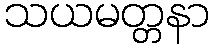
သယမတ္တနာ